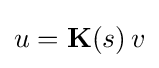
u=\mathbf {K} (s)\,v